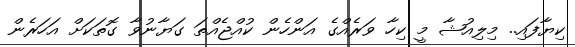
ކިޔާފައި.. މިލިއުޝާ މީ ކިހާ ވަރެއްގެ އަންހެން ކުއްޖެއްތަ ގަޔާނުވާ ގޮތަކަށް އަހަރެން